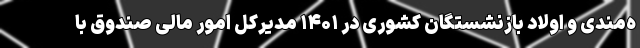
ه‌مندی و اولاد بازنشستگان کشوری در ۱۴۰۱ مدیرکل امور مالی صندوق با